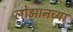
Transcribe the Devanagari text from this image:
लोझानच्या